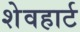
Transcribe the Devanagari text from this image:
शेवहार्ट